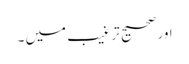
اورصحیح ترغیب میں ۔